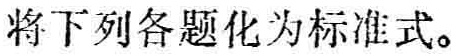
将下列各题化为标准式。